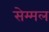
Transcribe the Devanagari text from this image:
सेम्मल